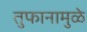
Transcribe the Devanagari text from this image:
तुफानामुळे